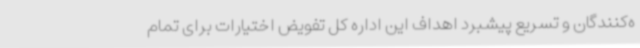
ه‌کنندگان و تسریع پیشبرد اهداف این اداره کل تفویض اختیارات برای تمام